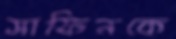
সাফিনকে